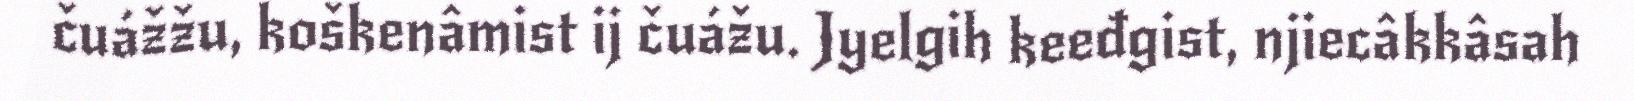
čuážžu, koškenâmist ij čuážu. Jyelgih keeđgist, njiecâkkâsah